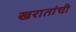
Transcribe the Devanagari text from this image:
खरातांची